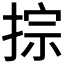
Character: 𢮱